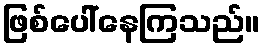
ဖြစ်ပေါ်နေကြသည်။